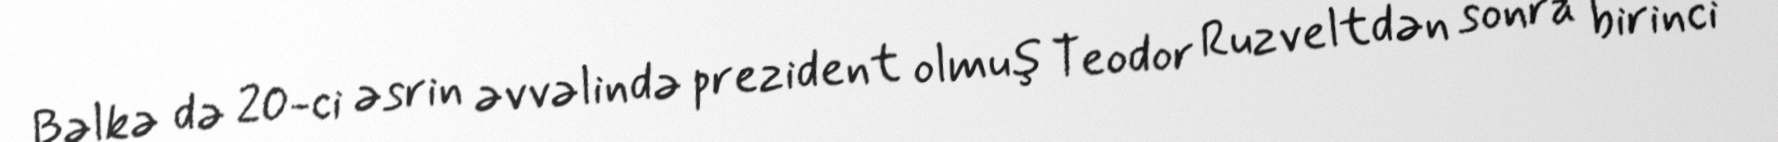
Bəlkə də 20-ci əsrin əvvəlində prezident olmuş Teodor Ruzveltdən sonra birinci